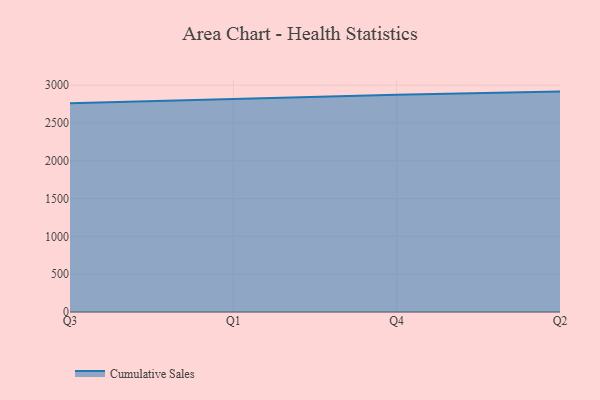
{"axis": {"x": "Quarter", "y": "Energy Usage (MWh)"}, "legend": ["Cumulative Sales"], "data": [{"x": "Q3", "y": 2762.4, "type": "Cumulative Sales"}, {"x": "Q1", "y": 2815.2, "type": "Cumulative Sales"}, {"x": "Q4", "y": 2874.1, "type": "Cumulative Sales"}, {"x": "Q2", "y": 2915.2, "type": "Cumulative Sales"}]}